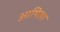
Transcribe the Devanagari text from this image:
आथिला